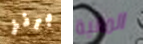
برنز المالية